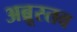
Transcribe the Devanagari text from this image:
अब्रूस्तव